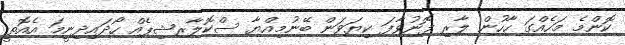
ކޮންމެ މަހެއްގަ ހާހުން ލާރި ފޮނުވާފަ ކިޔަވަން ބޭނުމިއްޔާ ސްކޮލާރޝިޕެއް ހޯދައިދިނީމަ އެއޮތީ